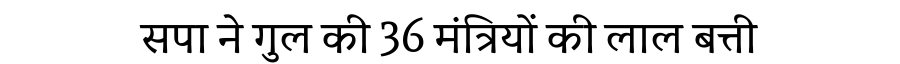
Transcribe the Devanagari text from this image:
सपा ने गुल की 36 मंत्रियों की लाल बत्ती